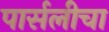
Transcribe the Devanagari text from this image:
पार्सलीचा